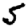
Digit: 5